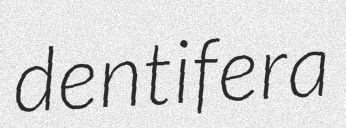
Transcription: dentifera